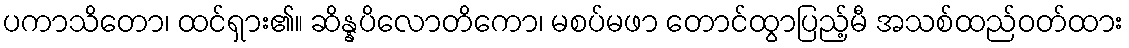
ပကာသိတော၊ ထင်ရှား၏။ ဆိန္နပိလောတိကော၊ မစပ်မဖာ တောင်ထွာပြည့်မီ အသစ်ထည်ဝတ်ထား